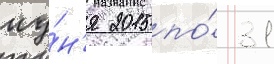
иу́н'я 2015 по́ 31